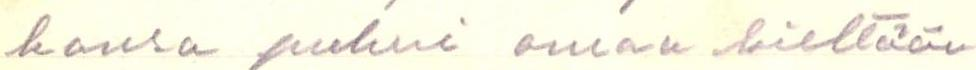
kansa puhui omaa kieltään